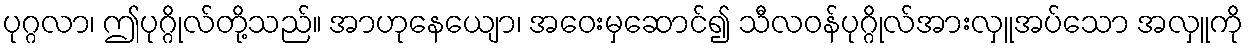
ပုဂ္ဂလာ၊ ဤပုဂ္ဂိုလ်တို့သည်။ အာဟုနေယျော၊ အဝေးမှဆောင်၍ သီလဝန်ပုဂ္ဂိုလ်အားလှူအပ်သော အလှူကို